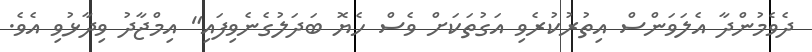
ދެވެމުންދާ އެލަވަންސް އިތުރުކުރެވި އަގުތަކަށް ވެސް ހެޔޮ ބަދަލުގެނެވިފައި" އިމްޖާދު ވިދާޅުވި އެވެ.